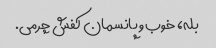
بله، خوب و پانسمان کفش چرمی.